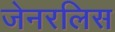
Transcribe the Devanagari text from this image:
जेनरलिस